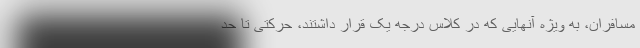
مسافران، به ویژه آنهایی که در کلاس درجه یک قرار داشتند، حرکتی تا حد